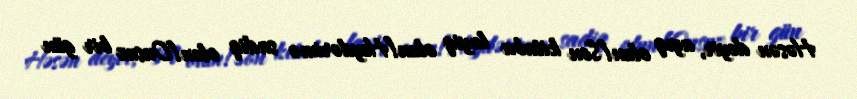
Həsən deyir, ayıq olun!Son kitaba layiq olun!Heydərimə sadiq olun!Onsuz bir gün